Indian journal of veterinary science and animal husbandry - Volume 11,
Year: 1941
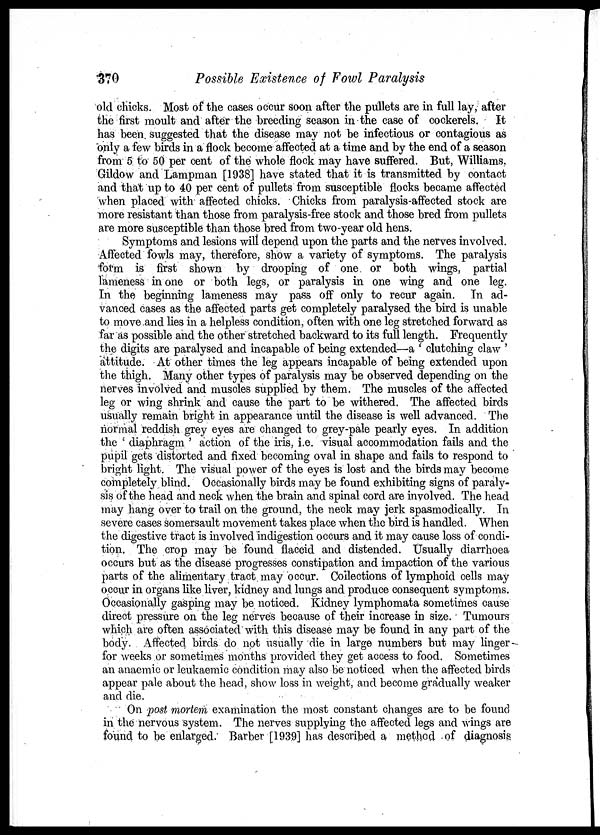
370
Possible Existence of Fowl Paralysis
old chicks. Most of the cases occur soon after the pullets are in full lay, after
the first moult and after the breeding season in the case of cockerels. It
has been suggested that the disease may not be infectious or contagious as
only a few birds in a flock become affected at a time and by the end of a season
from 5 to 50 per cent of the whole flock may have suffered. But, Williams.
Gildow and Lampman [1938] have stated that it is transmitted by contact
and that up to 40 per cent of pullets from susceptible flocks became affected
when placed with affected chicks. Chicks from paralysis-affected stock are
more resistant than those from paralysis-free stock and those bred from pullets
are more susceptible than those bred from two-year old hens.
Symptoms and lesions will depend upon the parts and the nerves involved.
Affected fowls may, therefore, show a variety of symptoms. The paralysis
form is first shown by drooping of one or both wings, partial
lameness in one or both legs, or paralysis in one wing and one leg.
In the beginning lameness may pass off only to recur again. In ad-
vanced cases as the affected parts get completely paralysed the bird is unable
to move and lies in a helpless condition, often with one leg stretched forward as
far as possible and the other stretched backward to its full length. Frequently
the digits are paralysed and incapable of being extended—-a ' clutching claw '
attitude. At other times the leg appears incapable of being extended upon
the thigh. Many other types of paralysis may be observed depending on the
nerves involved and muscles supplied by them. The muscles of the affected
leg or wing shrink and cause the part to be withered. The affected birds
usually remain bright in appearance until the disease is well advanced. The
normal reddish grey eyes are changed to grey-pale pearly eyes. In addition
the ' diaphragm ' action of the iris, i.e. visual accommodation fails and the
pupil gets distorted and fixed becoming oval in shape and fails to respond to
bright light. The visual power of the eyes is lost and the birds may become
completely blind. Occasionally birds may be found exhibiting signs of paraly-
sis of the head and neck when the brain and spinal cord are involved. The head
may hang over to trail on the ground, the neck may jerk spasmodically. In
severe cases somersault movement takes place when the bird is handled. When
the digestive tract is involved indigestion occurs and it may cause loss of condi-
tion. The crop may be found flaccid and distended. Usually diarrhoea
occurs but as the disease progresses constipation and impaction of the various
parts of the alimentary tract may occur. Collections of lymphoid cells may
occur in organs like liver, kidney and lungs and produce consequent symptoms.
Occasionally gasping may be noticed. Kidney lymphomata sometimes cause
direct pressure on the leg nerves because of their increase in size. Tumours
which are often associated with this disease may be found in any part of the
body Affected birds do not usually die in large numbers but may linger
for weeks or sometimes months provided they get access to food. Sometimes
an anaemic or leukaemic condition may also be noticed when the affected birds
appear pale about the head, show loss in weight, and become gradually weaker
and die.
On post mortem examination the most constant changes are to be found
in the nervous system. The nerves supplying the affected legs and wings are
found to be enlarged. Barber [1939] has described a method of diagnosis